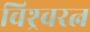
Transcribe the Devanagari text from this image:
विश्र्वरत्न